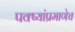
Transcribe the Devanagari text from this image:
पक्ष्यांप्रमाणेच